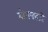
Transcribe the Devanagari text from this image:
योगपद्धति